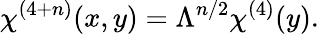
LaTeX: \chi^{(4+n)}(x,y)=\Lambda^{n/2}\chi^{(4)}(y).